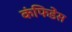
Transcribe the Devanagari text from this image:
कंफिडेंस